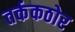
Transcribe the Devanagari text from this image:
तर्ककठोर